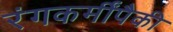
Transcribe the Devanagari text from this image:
रंगकर्मींपैकी